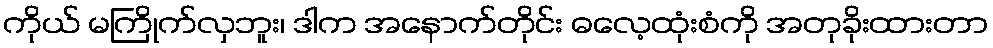
ကိုယ် မကြိုက်လှဘူး၊ ဒါက အနောက်တိုင်း ဓလေ့ထုံးစံကို အတုခိုးထားတာ